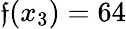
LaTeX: \mathfrak{f}(x_{3})=64